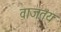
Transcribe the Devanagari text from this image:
वाजतंय